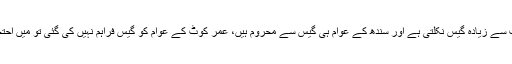
ان کا کہنا تھا کہ سندھ میں سب سے زیادہ گیس نکلتی ہے اور سندھ کے عوام ہی گیس سے محروم ہیں، عمر کوٹ کے عوام کو گیس فراہم نہیں کی گئی تو میں احتجاج میں سب سے آگے ہوں گا۔